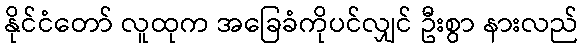
နိုင်ငံတော် လူထုက အခြေခံကိုပင်လျှင် ဦးစွာ နားလည်